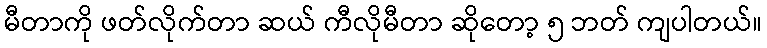
မီတာကို ဖတ်လိုက်တာ ဆယ် ကီလိုမီတာ ဆိုတော့ ၅ ဘတ် ကျပါတယ်။